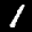
Label: 1